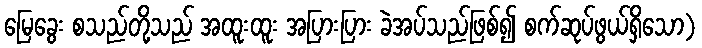
မြေခွေး စသည်တို့သည် အထူးထူး အပြားပြား ခဲအပ်သည်ဖြစ်၍ စက်ဆုပ်ဖွယ်ရှိသော)